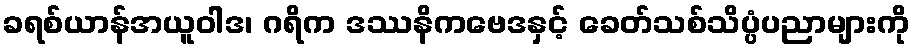
ခရစ်ယာန်အယူဝါဒ၊ ဂရိက ဒဿနိကဗေဒနှင့် ခေတ်သစ်သိပ္ပံပညာများကို